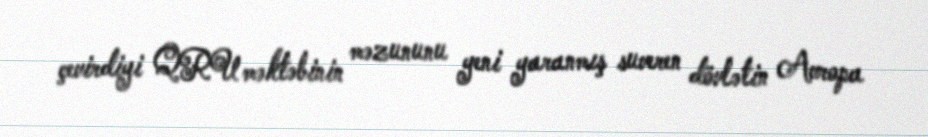
çevirdiyi QRU məktəbinin məzununu yeni yaranmış suveren dövlətin Avropa